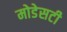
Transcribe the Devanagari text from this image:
मोडेसटी